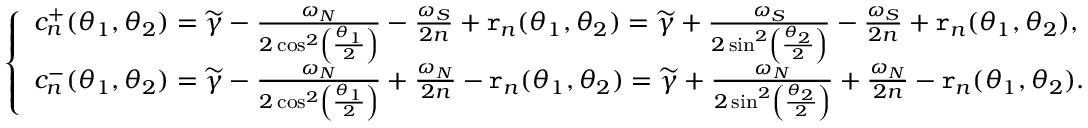
\left\{ \begin{array} { l l } { c _ { n } ^ { + } ( \theta _ { 1 } , \theta _ { 2 } ) = \widetilde { \gamma } - \frac { \omega _ { N } } { 2 \cos ^ { 2 } \left( \frac { \theta _ { 1 } } { 2 } \right) } - \frac { \omega _ { S } } { 2 n } + \mathtt { r } _ { n } ( \theta _ { 1 } , \theta _ { 2 } ) = \widetilde { \gamma } + \frac { \omega _ { S } } { 2 \sin ^ { 2 } \left( \frac { \theta _ { 2 } } { 2 } \right) } - \frac { \omega _ { S } } { 2 n } + \mathtt { r } _ { n } ( \theta _ { 1 } , \theta _ { 2 } ) , } \\ { c _ { n } ^ { - } ( \theta _ { 1 } , \theta _ { 2 } ) = \widetilde { \gamma } - \frac { \omega _ { N } } { 2 \cos ^ { 2 } \left( \frac { \theta _ { 1 } } { 2 } \right) } + \frac { \omega _ { N } } { 2 n } - \mathtt { r } _ { n } ( \theta _ { 1 } , \theta _ { 2 } ) = \widetilde { \gamma } + \frac { \omega _ { N } } { 2 \sin ^ { 2 } \left( \frac { \theta _ { 2 } } { 2 } \right) } + \frac { \omega _ { N } } { 2 n } - \mathtt { r } _ { n } ( \theta _ { 1 } , \theta _ { 2 } ) . } \end{array} \right.